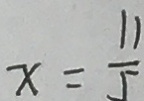
x = \frac { 1 1 } { 5 }